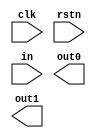
module fsm (
    input clk,
    input rstn,
    input in,
    output out0,
    output out1
);

reg out0, out1;
reg[1:0] current_state, next_state;

parameter 
    Idel = 2'b00,
    Start = 2'b01,
    Stop = 2'b10,
    Clear = 2'b11;
    
endmodule